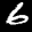
Label: 6